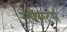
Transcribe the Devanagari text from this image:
सेमेसटर्स